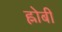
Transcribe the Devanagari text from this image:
ह्नोबी